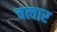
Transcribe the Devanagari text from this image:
चत्वार